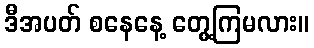
ဒီအပတ် စနေနေ့ တွေ့ကြမလား။